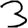
Digit: 3